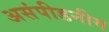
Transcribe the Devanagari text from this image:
असंपीडनीय